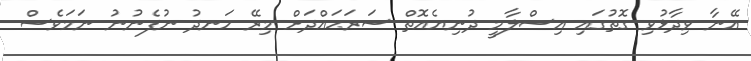
އޭނާ ވިދާޅުވި ގޮތުގައި އިސްލާމީ ދުނިޔެއޮތް ސަރަޙައްދަށް މިރޭ ހަނދު ނުފެނުނު ނަމަވެސް